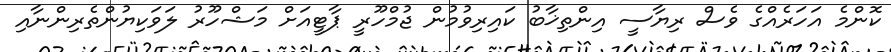
ކޮންމެ އަހަރެއްގެ ވެސް ރިޔާސީ އިންތިޚާބު ކައިރިވުމުން ޖުމްހޫރީ ޕާޓީއަށް މަޝްހޫރު ލަވަކިޔުންތެރިންނާއި